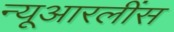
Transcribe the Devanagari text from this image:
न्यूआरलींस